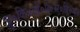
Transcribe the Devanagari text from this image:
जु०कि०गो०प्र०स०वि०म०